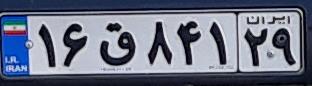
۱۶ق۸۴۱۲۹